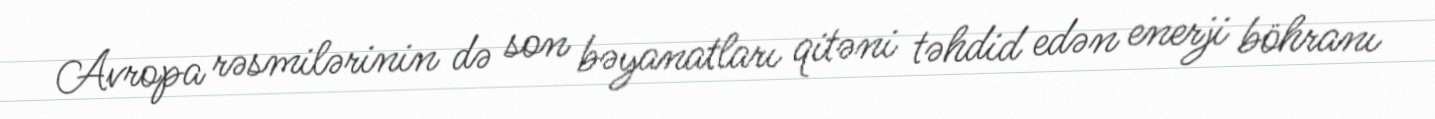
Avropa rəsmilərinin də son bəyanatları qitəni təhdid edən enerji böhranı